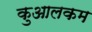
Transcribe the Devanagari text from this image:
कुआलकम